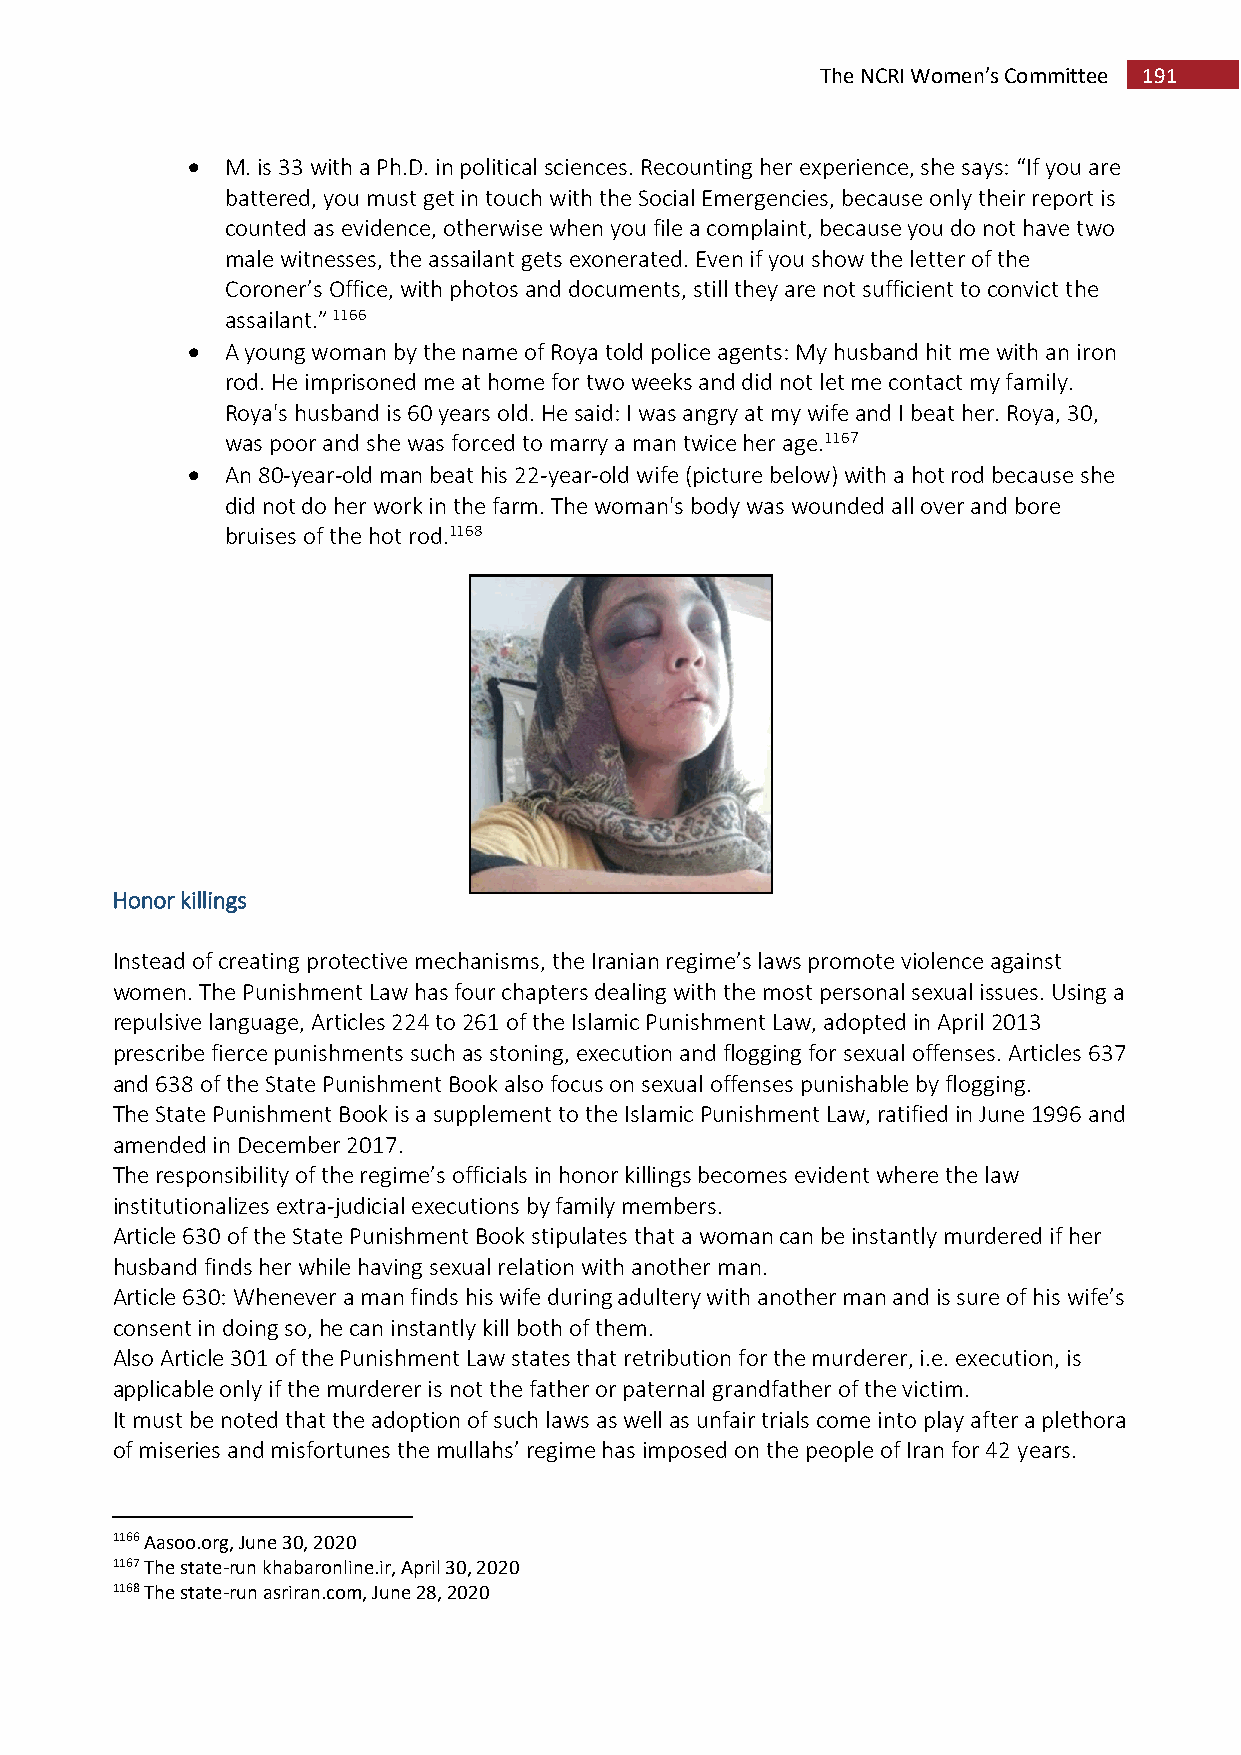
The NCRI Women’s Committee 191
   M. is 33 with a Ph.D. in political sciences. Recounting her experience, she says: “If you are
 battered, you must get in touch with the Social Emergencies, because only their report is
 counted as evidence, otherwise when you file a complaint, because you do not have two
 male witnesses, the assailant gets exonerated. Even if you show the letter of the
 Coroner’s Office, with photos and documents, still they are not sufficient to convict the
 assailant.” 1166
   A young woman by the name of Roya told police agents: My husband hit me with an iron
 rod. He imprisoned me at home for two weeks and did not let me contact my family.
 Roya's husband is 60 years old. He said: I was angry at my wife and I beat her. Roya, 30,
 was poor and she was forced to marry a man twice her age.1167
   An 80-year-old man beat his 22-year-old wife (picture below) with a hot rod because she
 did not do her work in the farm. The woman's body was wounded all over and bore
 bruises of the hot rod.1168
 Honor killings
 Instead of creating protective mechanisms, the Iranian regime’s laws promote violence against
 women. The Punishment Law has four chapters dealing with the most personal sexual issues. Using a
 repulsive language, Articles 224 to 261 of the Islamic Punishment Law, adopted in April 2013
 prescribe fierce punishments such as stoning, execution and flogging for sexual offenses. Articles 637
 and 638 of the State Punishment Book also focus on sexual offenses punishable by flogging.
 The State Punishment Book is a supplement to the Islamic Punishment Law, ratified in June 1996 and
 amended in December 2017.
 The responsibility of the regime’s officials in honor killings becomes evident where the law
 institutionalizes extra-judicial executions by family members.
 Article 630 of the State Punishment Book stipulates that a woman can be instantly murdered if her
 husband finds her while having sexual relation with another man.
 Article 630: Whenever a man finds his wife during adultery with another man and is sure of his wife’s
 consent in doing so, he can instantly kill both of them.
 Also Article 301 of the Punishment Law states that retribution for the murderer, i.e. execution, is
 applicable only if the murderer is not the father or paternal grandfather of the victim.
 It must be noted that the adoption of such laws as well as unfair trials come into play after a plethora
 of miseries and misfortunes the mullahs’ regime has imposed on the people of Iran for 42 years.
 1166 Aasoo.org, June 30, 2020
 1167 The state-run khabaronline.ir, April 30, 2020
 1168 The state-run asriran.com, June 28, 2020